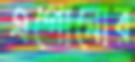
এগোনোর